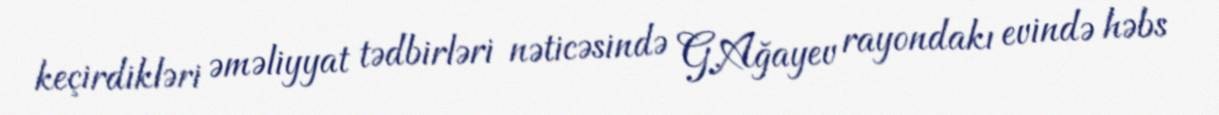
keçirdikləri əməliyyat tədbirləri nəticəsində G.Ağayev rayondakı evində həbs